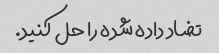
تضاد داده شده را حل کنید.